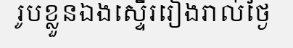
រូបខ្លួនឯងស្ទើររៀងរាល់ថ្ងៃ